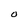
Character: O